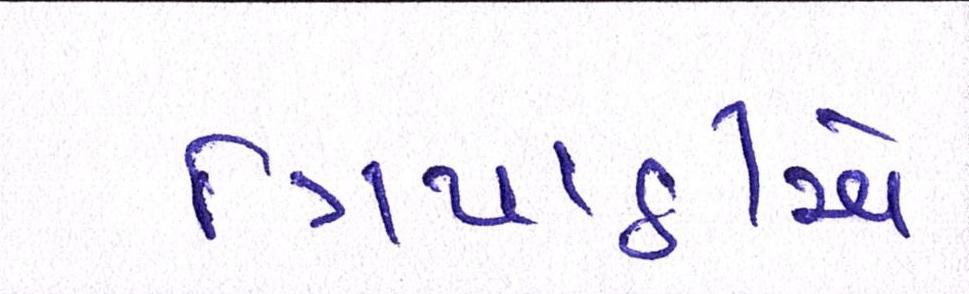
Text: ત્રિપાઠીએ